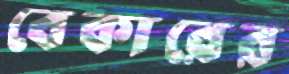
বেকারের